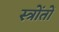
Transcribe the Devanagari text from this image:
स्त्रोंतों